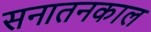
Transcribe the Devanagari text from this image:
सनातनकाल